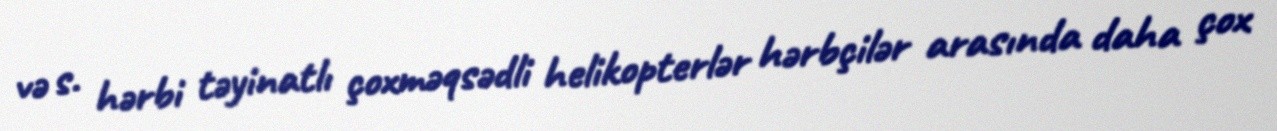
və s. hərbi təyinatlı çoxməqsədli helikopterlər hərbçilər arasında daha çox